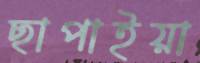
ছাপাইয়া